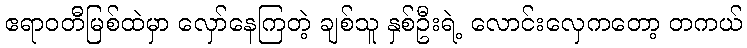
ဧရာဝတီမြစ်ထဲမှာ လှော်နေကြတဲ့ ချစ်သူ နှစ်ဦးရဲ့ လောင်းလှေကတော့ တကယ်